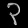
Digit: ၃